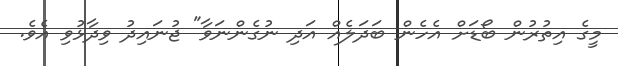
މީގެ އިތުރުން ބޯޑަށް އެހެން ބަދަލެއް އަދި ނުގެންނަވާ" ޖުނައިދު ވިދާޅުވި އެވެ.